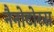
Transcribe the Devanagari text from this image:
नैनोटोरस